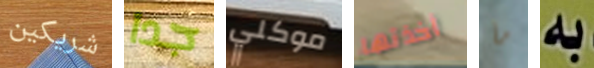
شريكين جدا موكلي أخذتها ما به